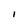
Character: I